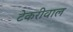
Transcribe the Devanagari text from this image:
टेकरीवाल